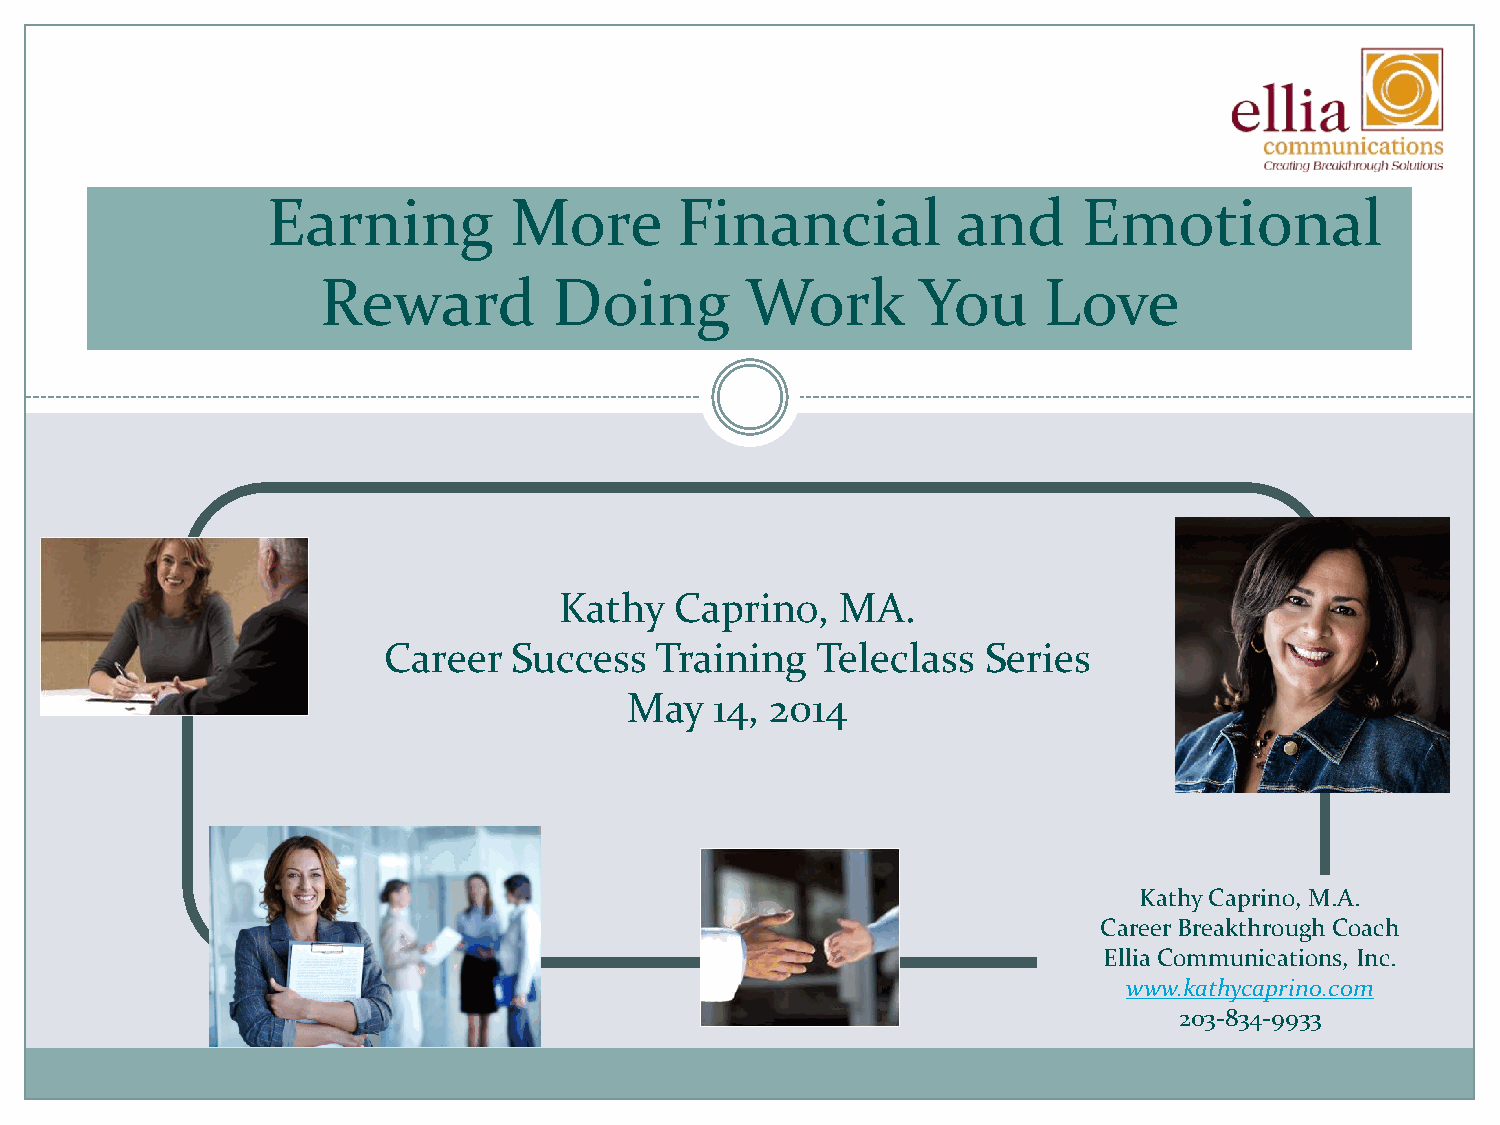
Earning         More       Financial         and      Emotional
 Reward          Doing       Work        You     Love
 Kathy   Caprino,   MA.
 Career   Success  Training   Teleclass  Series
 May  14, 2014
 Kathy Caprino, M.A.
 Career Breakthrough Coach
 Ellia Communications, Inc.
 www.kathycaprino.com
 203-834-9933